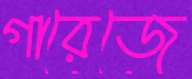
গারেজে